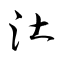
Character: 汢